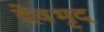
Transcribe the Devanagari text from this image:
देवभृद